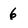
Character: 6